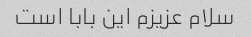
سلام عزیزم این بابا است